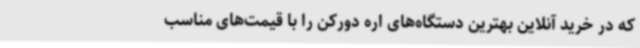
که در خرید آنلاین بهترین دستگاه‌های اره دورکن را با قیمت‌های مناسب